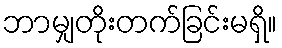
ဘာမျှတိုးတက်ခြင်းမရှိ။